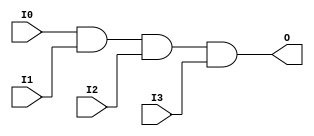
// $Header: /devl/xcs/repo/env/Databases/CAEInterfaces/verunilibs/s/AND4.v,v 1.8 2003/01/21 01:55:22 wloo Exp $

/*

FUNCTION	: 4-INPUT AND GATE

*/

`timescale  100 ps / 10 ps


module AND4 (O, I0, I1, I2, I3);

    output O;

    input  I0, I1, I2, I3;

    and A1 (O, I0, I1, I2, I3);

    specify
	(I0 *> O) = (0, 0);
	(I1 *> O) = (0, 0);
	(I2 *> O) = (0, 0);
	(I3 *> O) = (0, 0);
    endspecify

endmodule